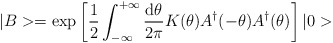
\begin{align*}|B>=\exp\left[\frac{1}{2}\int_{-\infty}^{+\infty}\frac{\mbox{d}\theta}{2\pi}K(\theta)A^{\dagger}(-\theta)A^{\dagger}(\theta)\right]|0>\end{align*}